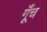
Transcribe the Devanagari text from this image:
गूँच